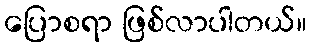
ပြောစရာ ဖြစ်လာပါတယ်။